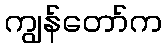
ကျွန်တော်က